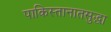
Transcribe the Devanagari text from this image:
पाकिस्तानातसुद्धा